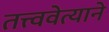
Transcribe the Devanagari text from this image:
तत्त्ववेत्याने